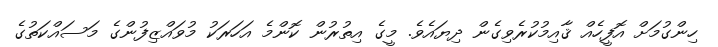
ހިންގުމަށް އޮފީހެއް ޤާއިމުކުރެވިގެން ދިޔައެވެ. މީގެ އިތުރުން ކޮންމެ އަހަރަކު މުވައްޒިފުންގެ މަސައްކަތުގެ